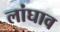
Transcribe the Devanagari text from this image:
लांघाव